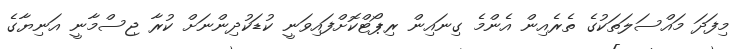
މިފަދަ މައްސަލަތަކުގެ ތެރެއިން އެންމެ ގިނައިން ރިޕޯޓްކޮށްފައިވަނީ ކުޑަކުދިންނަށް ކުރާ ޖިސްމާނީ އަނިޔާގެ